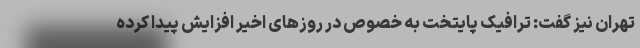
تهران نیز گفت: ترافیک پایتخت به خصوص در روزهای اخیر افزایش پیدا کرده